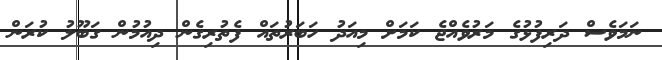
ނަމަވެސް ދަރިފުޅުގެ މަރުވެއްޖެ ކަމަށް މިއަދު ހަބަރުތައް ފެތުރިގެން ދިއުމުން ގަބޫލު ކުރަން